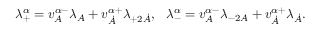
\lambda _ { + } ^ { \alpha } = v _ { A } ^ { \alpha - } \lambda _ { A } + v _ { \dot { A } } ^ { \alpha + } \lambda _ { + 2 \dot { A } } , \ \ \lambda _ { - } ^ { \alpha } = v _ { A } ^ { \alpha - } \lambda _ { - 2 A } + v _ { \dot { A } } ^ { \alpha + } \lambda _ { \dot { A } } .